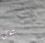
على